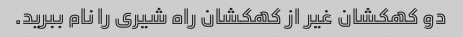
دو کهکشان غیر از کهکشان راه شیری را نام ببرید.